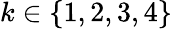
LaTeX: k\in\left\{ 1,2,3,4\right\}